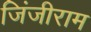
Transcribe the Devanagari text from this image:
जिंजीराम